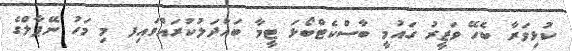
ކުޅިވަރާ ބެހޭ ވަޒީރު ގައުމީ ބާސްކެޓްބޯޅަ ޓީމާ ބައްދަލުކުރައްވައިފ މި މަހު ނޭޕާލްގެ